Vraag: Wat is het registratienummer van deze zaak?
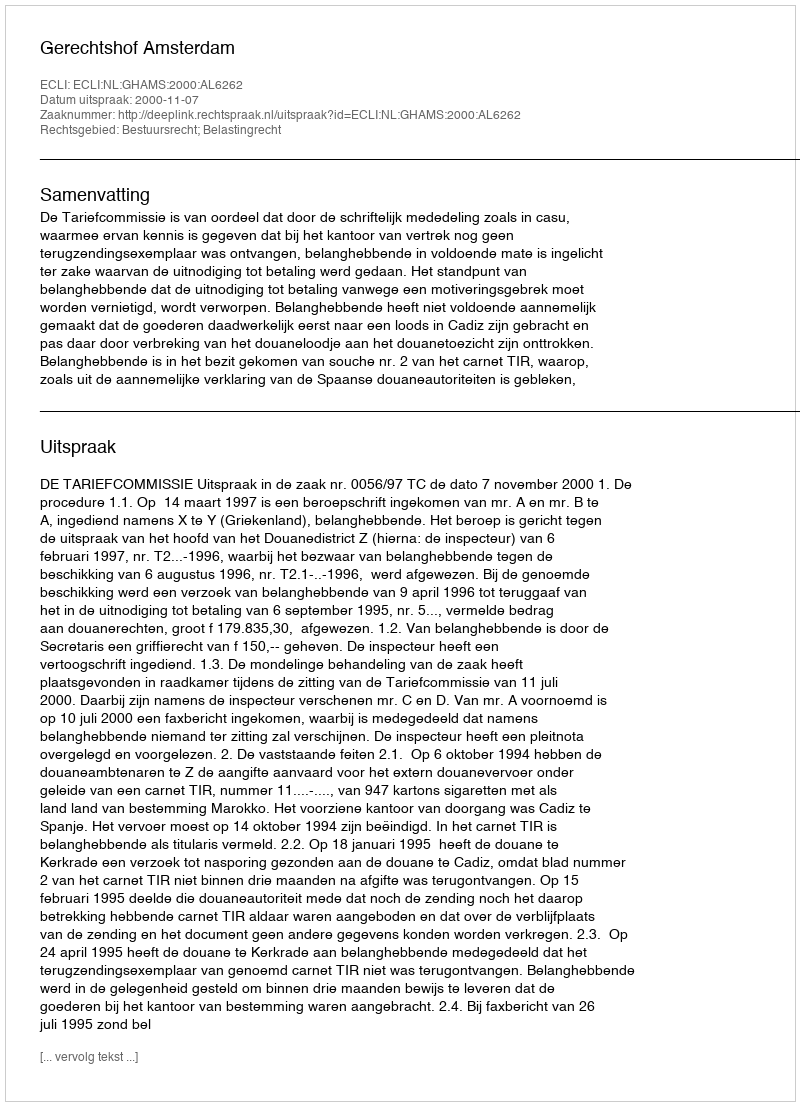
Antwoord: http://deeplink.rechtspraak.nl/uitspraak?id=ECLI:NL:GHAMS:2000:AL6262